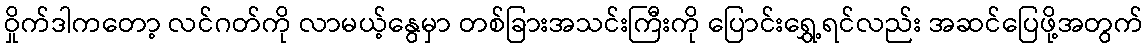
ဝှိုက်ဒါကတော့ လင်ဂတ်ကို လာမယ့်နွေမှာ တစ်ခြားအသင်းကြီးကို ပြောင်းရွှေ့ရင်လည်း အဆင်ပြေဖို့အတွက်